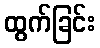
ထွက်ခြင်း